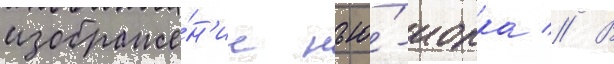
изображе́н'ие нью́-иорка // В